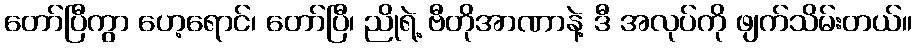
တော်ပြီကွာ ဟေ့ရောင်၊ တော်ပြီ၊ ညိုရဲ့ ဗီတိုအာဏာနဲ့ ဒီ အလုပ်ကို ဖျက်သိမ်းတယ်။